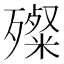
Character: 殩